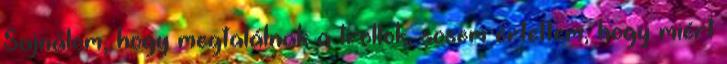
Sajnálom, hogy megtalálnak a trollok, sosem értettem, hogy miért